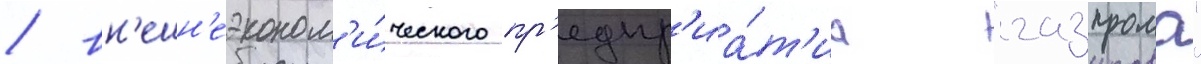
/ вн'ешн'еэконом'и́ческого пр'едпр'иа́т'иа "газпрома"